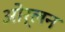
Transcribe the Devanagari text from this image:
ओर्लन